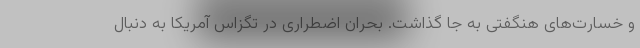
و خسارت‌های هنگفتی به جا گذاشت. بحران اضطراری در تگزاس آمریکا به دنبال